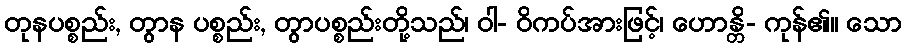
တုနပစ္စည်း, တွာန ပစ္စည်း, တွာပစ္စည်းတို့သည်၊ ဝါ- ဝိကပ်အားဖြင့်၊ ဟောန္တိ- ကုန်၏။ သော